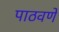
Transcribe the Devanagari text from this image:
पाठवणें